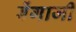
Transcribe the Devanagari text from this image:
बेंगाजी